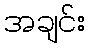
အချင်း